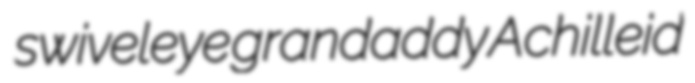
swiveleye grandaddy Achilleid